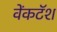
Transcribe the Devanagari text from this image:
वेंकटॅश